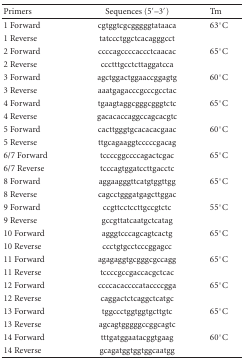
| Primers | Sequences (5′–3′) | Tm |
 | --- | --- | --- |
 | 1 Forward | cgtggtcgcgggggtataaca | 63°C |
 | 1 Reverse | tatccctggctcacagggcct |  |
 | 2 Forward | ccccagccccaccctcaacac | 65°C |
 | 2 Reverse | ccctttgcctcttaggatcca |  |
 | 3 Forward | agctggactggaaccggagtg | 60°C |
 | 3 Reverse | aaatgagacccgcccgcctac |  |
 | 4 Forward | tgaagtaggcgggcgggtctc | 65°C |
 | 4 Reverse | gacacaccaggccagcacgtc |  |
 | 5 Forward | cacttgggtgcacacacgaac | 60°C |
 | 5 Reverse | ttgcagaaggtcccccgacag |  |
 | 6/7 Forward | tccccggccccagactcgac | 65°C |
 | 6/7 Reverse | tcccagtggatccttgacctc |  |
 | 8 Forward | aggaagggttcatgtggttgg | 65°C |
 | 8 Reverse | cagcctgggatgagcttggac |  |
 | 9 Forward | ccgttcctccttgccgtctc | 55°C |
 | 9 Reverse | gccgttatcaatgctcatag |  |
 | 10 Forward | agggtcccagcagtcactg | 65°C |
 | 10 Reverse | ccctgtgcctcccggagcc |  |
 | 11 Forward | agagaggtgcgggcgccagg | 65°C |
 | 11 Reverse | tccccgccgaccacgctcac |  |
 | 12 Forward | ccccacaccccataccccgga | 65°C |
 | 12 Reverse | caggactctcaggctcatgc |  |
 | 13 Forward | tggccctggtggtgcttgtc | 65°C |
 | 13 Reverse | agcagtgggggccggcagtc |  |
 | 14 Forward | tttgatggaatacggtgaag | 60°C |
 | 14 Reverse | gcagatggtggtggcaatgg |  |